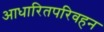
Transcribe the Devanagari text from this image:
आधारितपरिवहन